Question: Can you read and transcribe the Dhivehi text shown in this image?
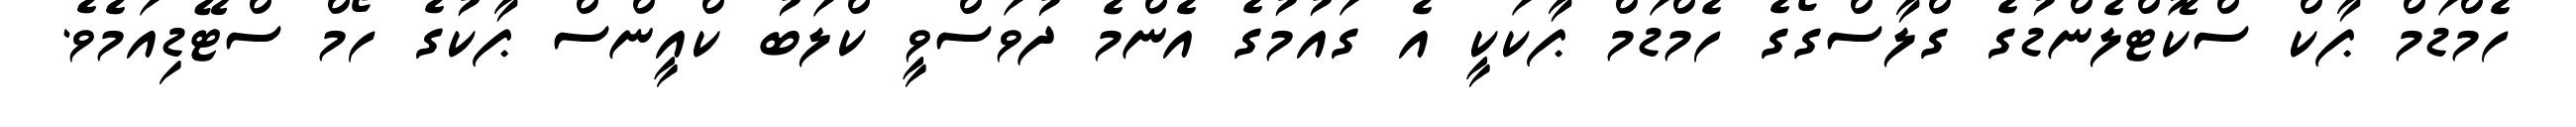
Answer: ހެމްޑަމް ޕާކް ސްކޮޓްލެންޑުގެ ގްލާސްގޯގެ ހެމްޑަމް ޕާކަކީ އެ ގައުމުގެ އެންމެ ދުވަސްވީ ކްލަބު ކްއީންސް ޕާކުގެ ހޯމް ސްޓޭޑިއަމެވެ.